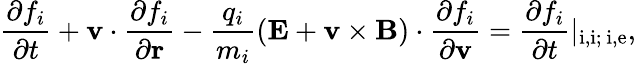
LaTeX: \frac{\partial f_{i}}{\partial t}+\textbf{v}\cdot\frac{\partial f_{i}}{\partial\textbf{r}}-\frac{q_{i}}{m_{i}}(\textbf{E}+{\textbf{v}\times\textbf{B}})\cdot\frac{\partial f_{i}}{\partial\textbf{v}}=\frac{\partial f_{i}}{\partial t}|_{\mathrm{i,i;~i,e}},